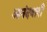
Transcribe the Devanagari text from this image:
आनंदवारी